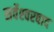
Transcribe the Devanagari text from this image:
सर्वेश्‍वरवाद